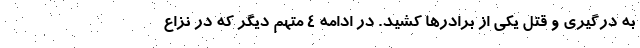
به درگیری و قتل یکی از برادر‌ها کشید. در ادامه ۴ متهم دیگر که در نزاع